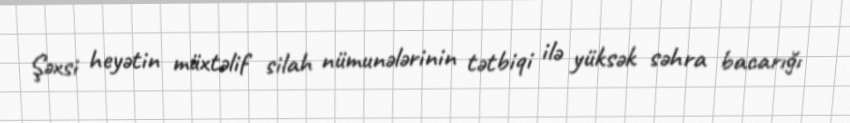
Şəxsi heyətin müxtəlif silah nümunələrinin tətbiqi ilə yüksək səhra bacarığı